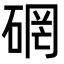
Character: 䃃